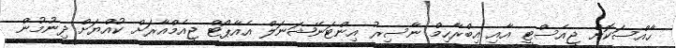
ހާއްސަކޮށް ޖީއެސްޓީ އާއި އިބްރާހިމް ނާސިރު އިންޓަނޭޝަނަލް އެއާޕޯޓް ޖީއެމްއާރަށް ކުއްޔަށް ދިނުމުން